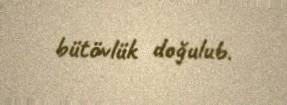
bütövlük doğulub.